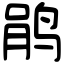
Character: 鹃